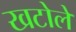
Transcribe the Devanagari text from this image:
खटोले